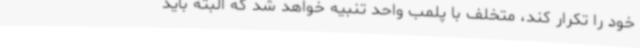
خود را تکرار کند، متخلف با پلمب واحد تنبیه خواهد شد که البته باید